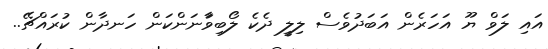
އައި ލަވް ޔޫ އަހަރެން އަބަދުވެސް ލިލީ ދެކެ ލޯބިވާަނަންކަން ހަނދާން ކުރައްޗޭ..